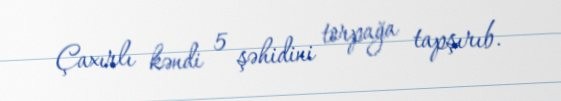
Çaxırlı kəndi 5 şəhidini torpağa tapşırıb.